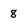
Character: 8